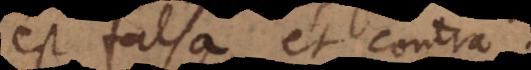
est falsa et contra.